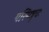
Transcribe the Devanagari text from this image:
यस्मिन्नृचः